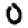
Digit: 0